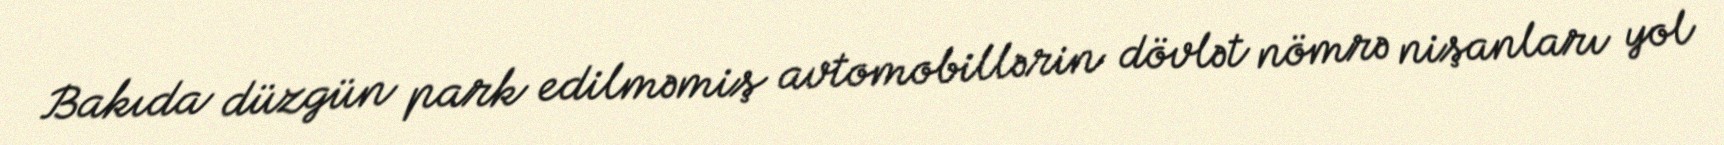
Bakıda düzgün park edilməmiş avtomobillərin dövlət nömrə nişanları yol